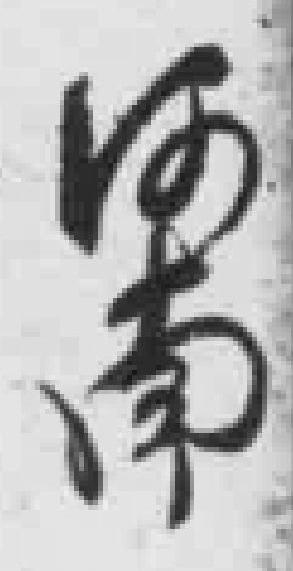
河南